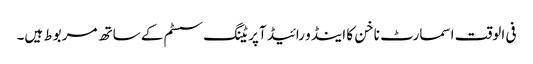
فی الوقت اسمارٹ ناخن کا اینڈو رائیڈ آپریٹنگ سسٹم کے ساتھ مربوط ہیں۔